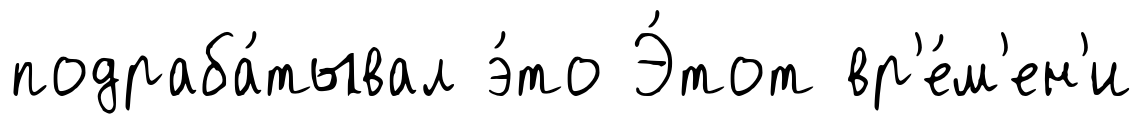
подраба́тывал э́то Э́тот вр'е́м'ен'и